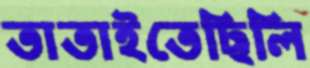
তাতাইতেছিলি